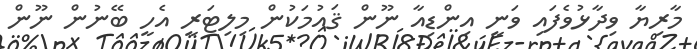
މާރިޔާ ވިދާޅުވެފައި ވަނީ އިންޑިއާ ނޫން ޤައުމަކުން މިލިޓަރީ އެހީ ބޭނުން ނޫން